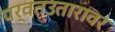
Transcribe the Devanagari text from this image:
पर्वतउतारावर